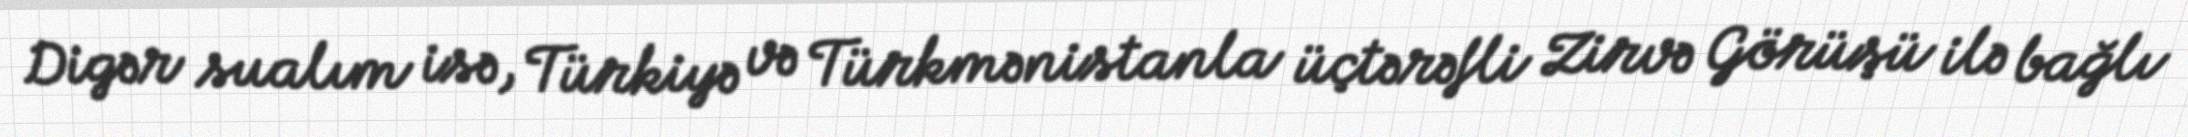
Digər sualım isə, Türkiyə və Türkmənistanla üçtərəfli Zirvə Görüşü ilə bağlı